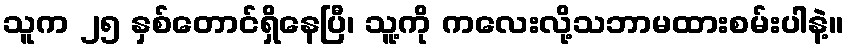
သူက ၂၅ နှစ်တောင်ရှိနေပြီ၊ သူ့ကို ကလေးလို့သဘာမထားစမ်းပါနဲ့။